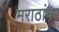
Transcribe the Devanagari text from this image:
मराठांवर